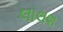
લાલશ